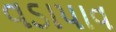
વડાપાવ